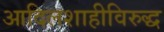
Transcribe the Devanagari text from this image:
आदिलशाहीविरुद्ध